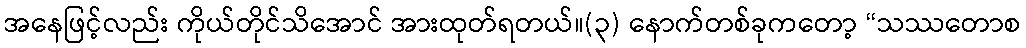
အနေဖြင့်လည်း ကိုယ်တိုင်သိအောင် အားထုတ်ရတယ်။(၃) နောက်တစ်ခုကတော့ “သဿတောစ